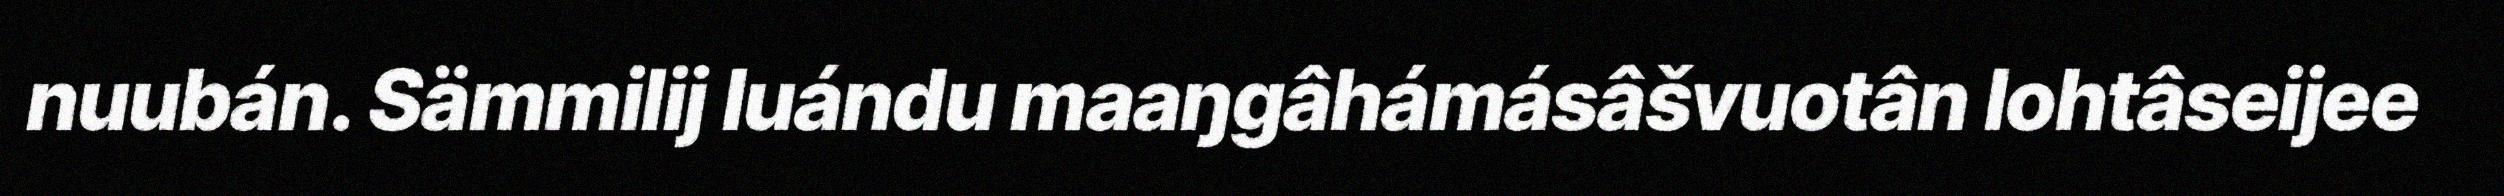
nuubán. Sämmilij luándu maaŋgâhámásâšvuotân lohtâseijee